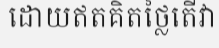
ដោយឥតគិតថ្លៃតើវា